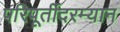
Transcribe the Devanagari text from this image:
परिपूर्तीदरम्यान